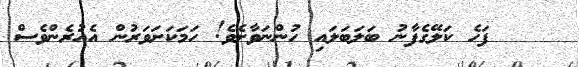
٥٩    ފަހެ ކަލޭގެފާނު ބަލަބަލައި ހުންނަވާށެވެ! ހަމަކަށަވަރުން އެއުރެންވެސް